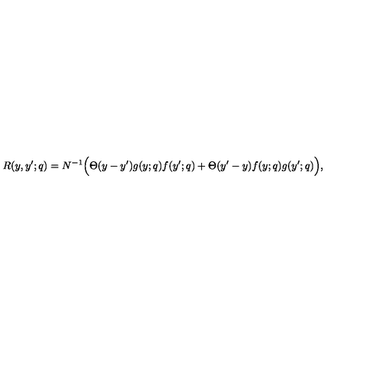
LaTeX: R ( y , y ^ { \prime } ; q ) = N ^ { - 1 } \Big ( \Theta ( y - y ^ { \prime } ) g ( y ; q ) f ( y ^ { \prime } ; q ) + \Theta ( y ^ { \prime } - y ) f ( y ; q ) g ( y ^ { \prime } ; q ) \Big ) ,